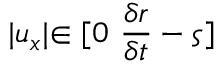
\lvert u _ { x } \lvert \in [ 0 \mathrm { ~ } \frac { \delta r } { \delta t } - \varsigma ]